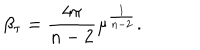
\beta _ { \tau } = \frac { 4 \pi } { n - 2 } { \mu } ^ { \frac { 1 } { n - 2 } } .